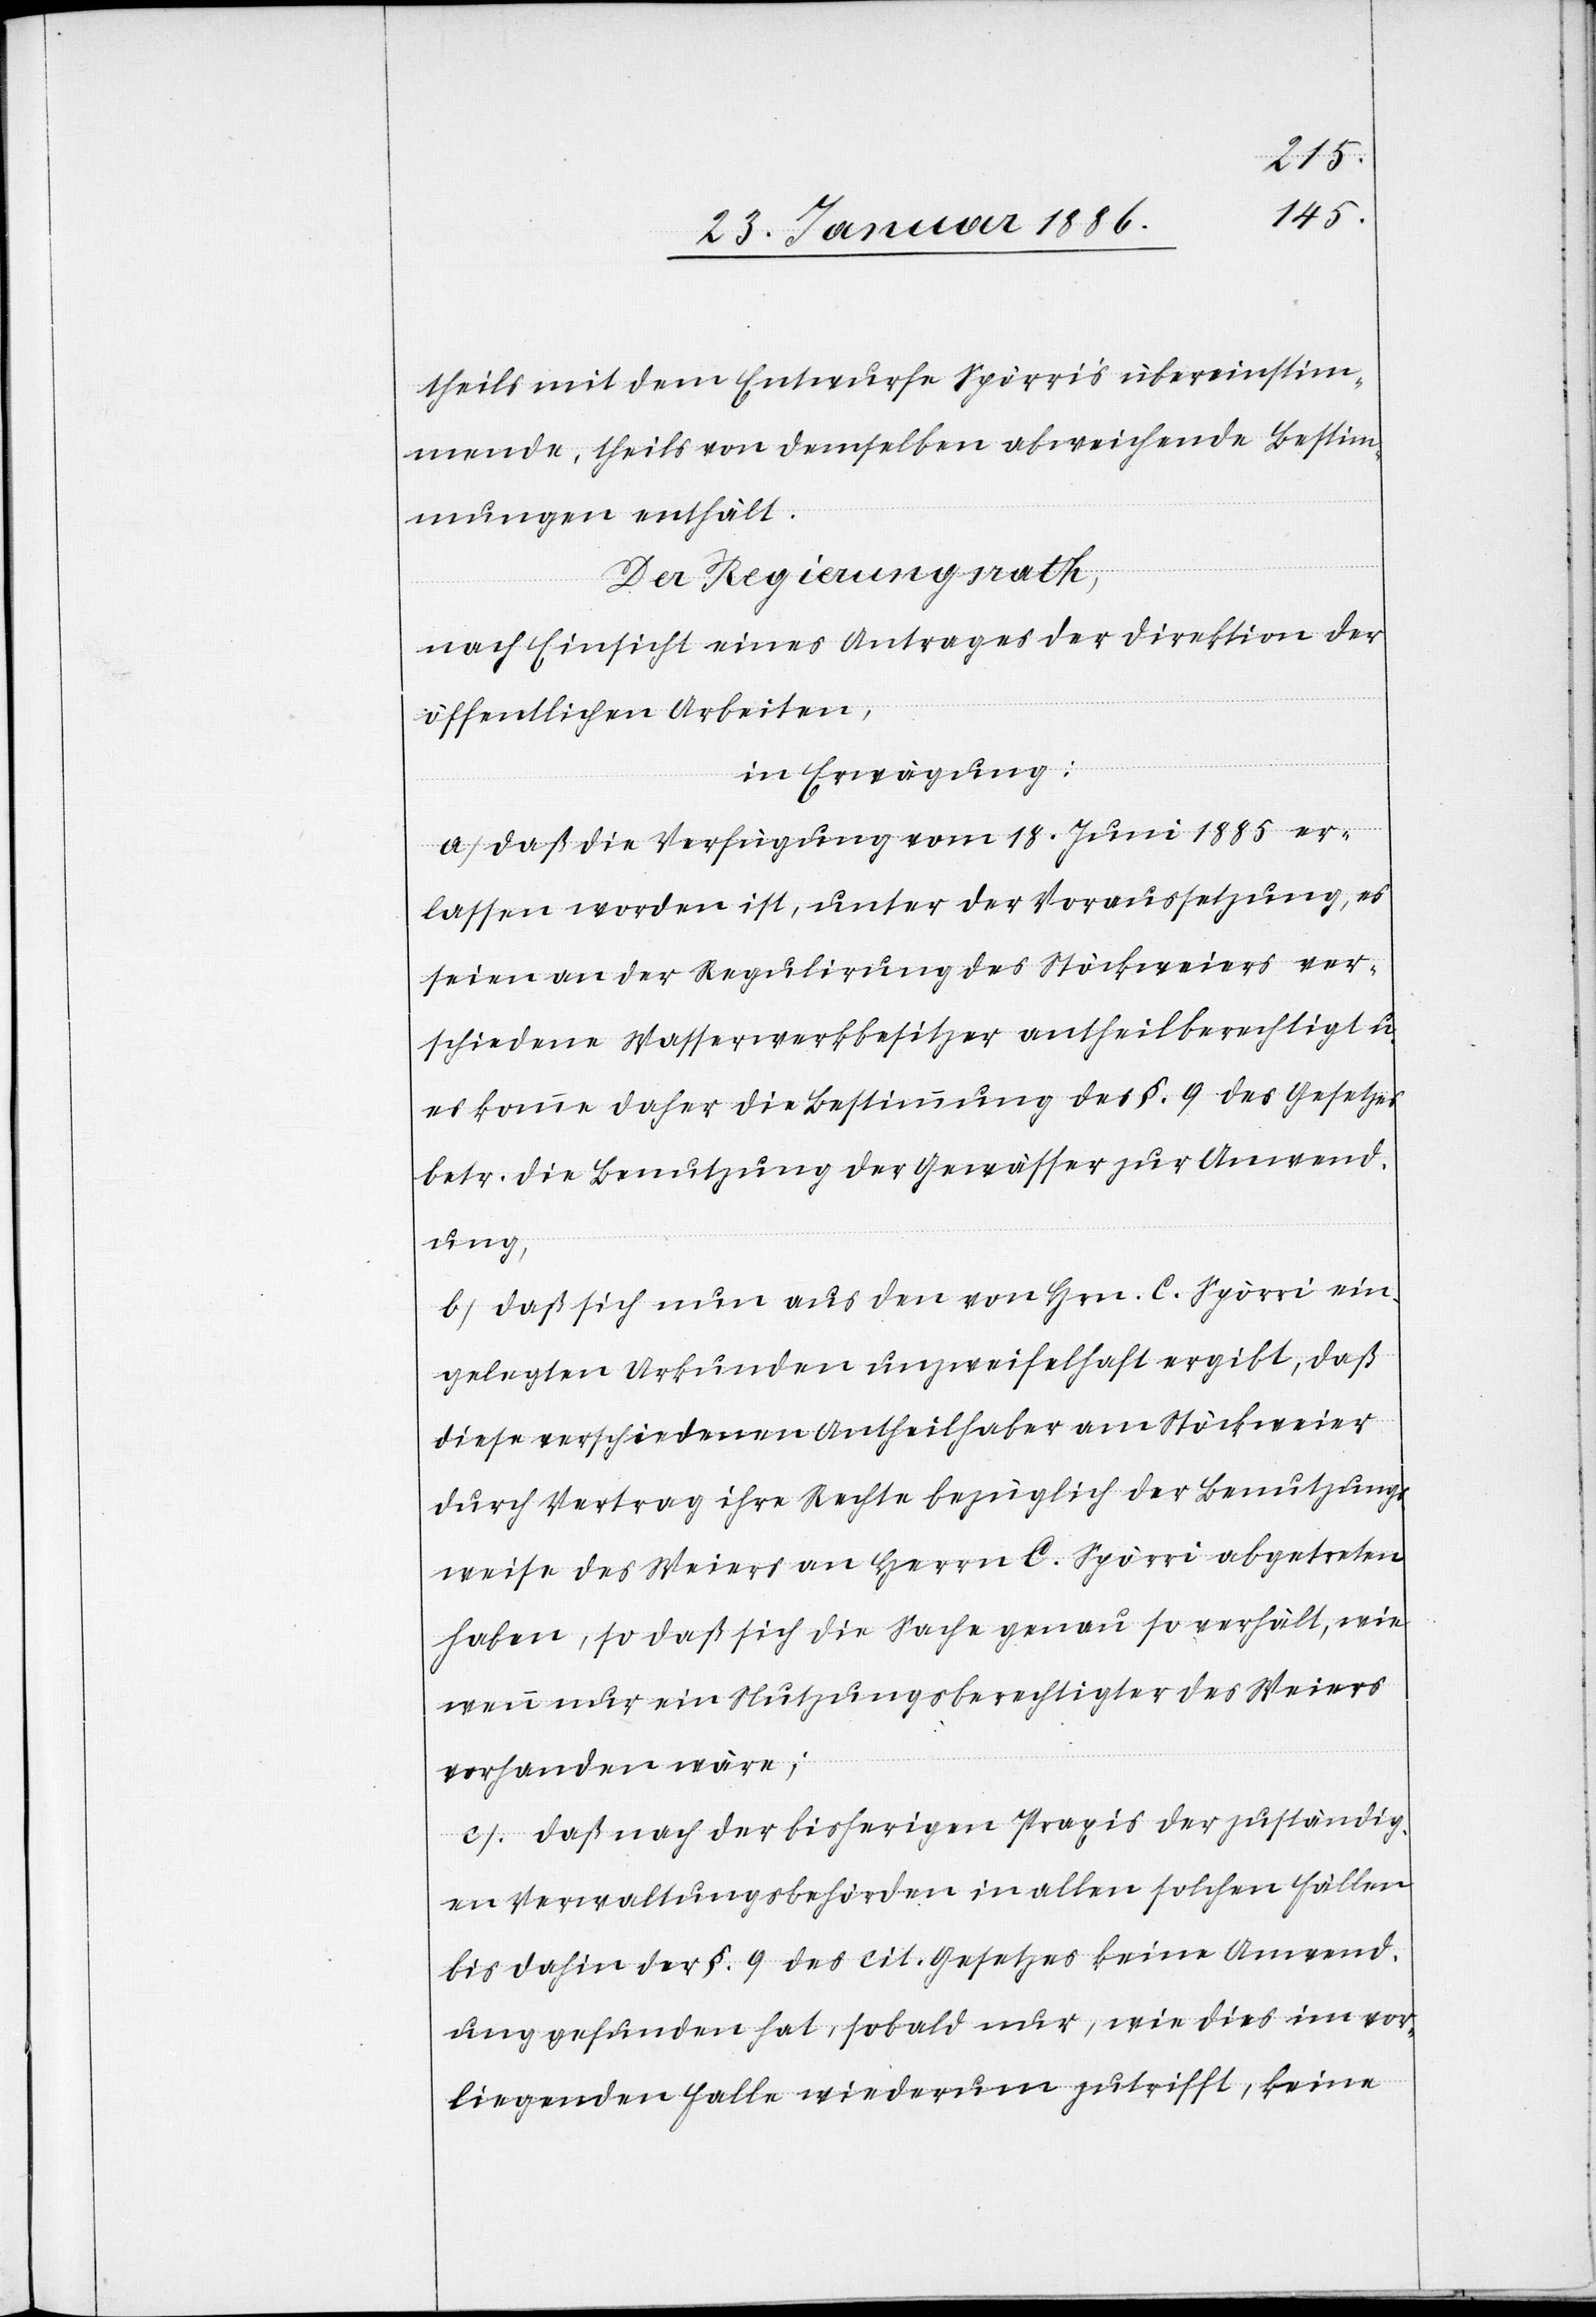
theils mit dem Entwurfe Spörris übereinstim¬
mende, theils von demselben abweichende Bestim¬
mungen enthält.
Der Regierungsrath,
nach Einsicht eines Antrages der Direktion der
öffentlichen Arbeiten,
in Erwägung:
a) daß die Verfügung vom 18. Juni 1885 er¬
lassen worden ist, unter der Voraussetzung, es
seien an der Regulierung des Stöckweiers ver¬
schiedene Wasserwerkbesitzer antheilberechtigt u.
es komme daher die Bestimmung des §. 9 des Gesetzes
betr. die Benutzung der Gewässer zur Anwend¬
ung;
b) daß sich aus aus den von Hrn. C. Spörri ein¬
gelegten Urkunden unzweifelhaft ergibt, daß
diese verschiedenen Antheilhaber am Stöckweier
durch Vertrag ihre Rechte bezüglich der Benutzungs¬
weise des Weiers an Herrn C. Spörri abgetreten
haben, so daß sich die Sache genau so verhält, wie
wenn nur ein Nutzungsberechtigter des Weiers
vorhanden wäre;
c) daß nach der bisherigen Praxis der zuständig¬
en Verwaltungsbehörden in allen solchen Fällen
bis dahin der §. 9 des cit. Gesetzes keine Anwend¬
ung gefunden hat, sobald nur, wie dies im vor¬
liegenden Falle wiederum zutrifft, keine